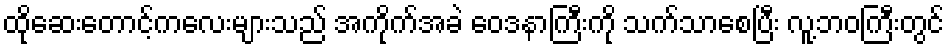
ထိုဆေးတောင့်ကလေးများသည် အကိုက်အခဲ ဝေဒနာကြီးကို သက်သာစေပြီး လူ့ဘဝကြီးတွင်